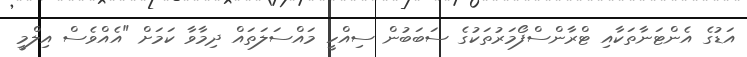
އަޑުގެ އެންޓަނާތަކާއި ޓްރާންސްފޯމަރުތަކުގެ ސަބަބުން ސިއްހީ މައްސަލަތައް ދިމާވާ ކަމަށް "އެއްވެސް އިލްމީ